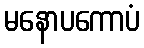
မနောပကောပံ